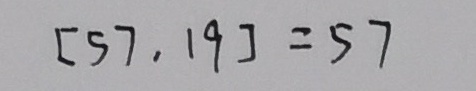
[ 5 7 , 1 9 ] = 5 7